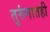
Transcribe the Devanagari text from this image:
तुरुंगातही